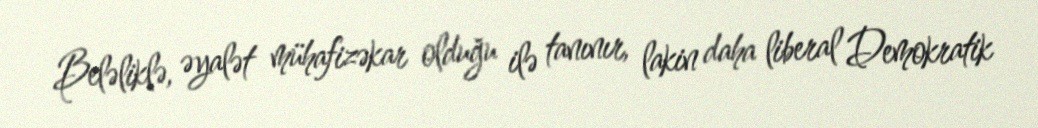
Beləliklə, əyalət mühafizəkar olduğu ilə tanınır, lakin daha liberal Demokratik